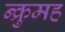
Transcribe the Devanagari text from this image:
न्क्रुमह